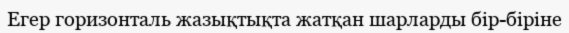
Егер горизонталь жазықтықта жатқан шарларды бір-біріне